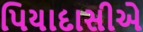
પિયાદાસીએ